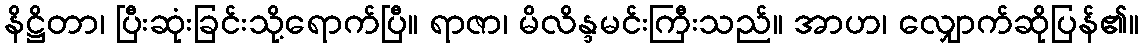
နိဋ္ဌိတာ၊ ပြီးဆုံးခြင်းသို့ရောက်ပြီ။ ရာဇာ၊ မိလိန္ဒမင်းကြီးသည်။ အာဟ၊ လျှောက်ဆိုပြန်၏။